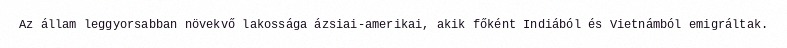
Az állam leggyorsabban növekvő lakossága ázsiai-amerikai, akik főként Indiából és Vietnámból emigráltak.